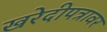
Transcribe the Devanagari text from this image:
खरेदीपत्रावर